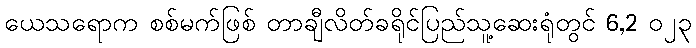
ယေသရောက စစ်မက်ဖြစ် တာချီလိတ်ခရိုင်ပြည်သူ့ဆေးရုံတွင် 6,2 ၀၂၃